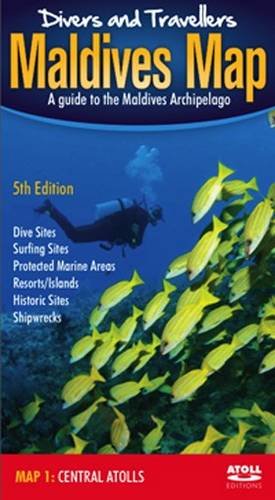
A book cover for Divers' and Travellers' Maldives Map: Central Atolls (English and Chinese Edition); Tim Godfrey; Travel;